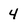
Character: 4